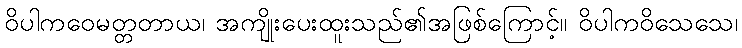
ဝိပါကဝေမတ္တတာယ၊ အကျိုးပေးထူးသည်၏အဖြစ်ကြောင့်။ ဝိပါကဝိသေသေ၊